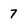
Character: 7